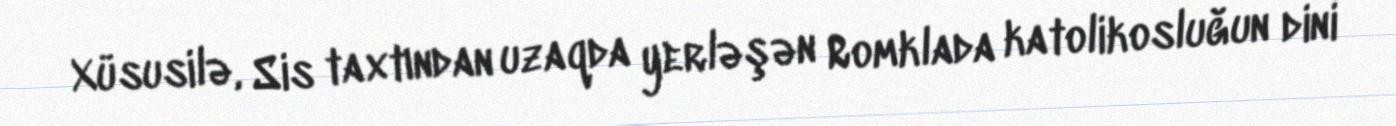
Xüsusilə, Sis taxtından uzaqda yerləşən Romklada katolikosluğun dini